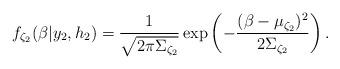
LaTeX: \begin{align*}f_{\zeta_2}(\beta|y_2,h_2)=\frac{1}{\sqrt{2\pi \Sigma_{\zeta_2}}} \exp \left( - \frac{(\beta-\mu_{\zeta_2})^2}{2\Sigma_{\zeta_2}}\right).\end{align*}